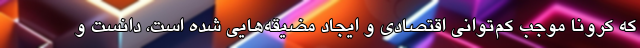
که کرونا موجب کم‌توانی اقتصادی و ایجاد مضیقه‌هایی شده است، دانست و